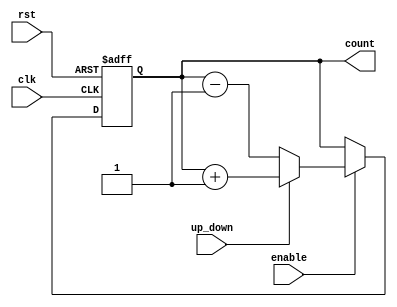
module up_down_counter (
    input wire clk,           // Clock input
    input wire rst,           // Asynchronous reset
    input wire up_down,       // Up/Down control signal
    input wire enable,        // Enable signal
    output reg [7:0] count    // 8-bit count output (can be adjusted as needed)
);

    // Asynchronous reset and counting operation
    always @(posedge clk or posedge rst) begin
        if (rst) begin
            count <= 8'b0;    // Reset count to 0
        end else if (enable) begin
            if (up_down) begin
                count <= count + 1; // Increment count
            end else begin
                count <= count - 1; // Decrement count
            end
        end
    end

endmodule